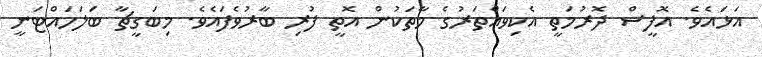
އަޅައެވެ. އޮފީސް ދޮރުމަތީ އެކިވައްތަރުގެ މާތަކުން އޮތީ ފުރި ބާރުވެފައެވެ. މިބަގީޗާ ބަލަހައްޓަނީ